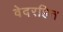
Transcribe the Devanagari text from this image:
वेदरहित